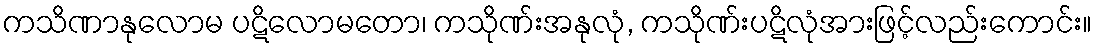
ကသိဏာနုလောမ ပဋိလောမတော၊ ကသိုဏ်းအနုလုံ, ကသိုဏ်းပဋိလုံအားဖြင့်လည်းကောင်း။